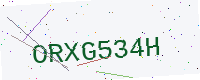
Text: ORXG534H